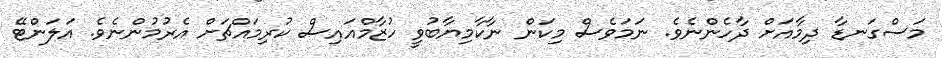
މަސްގަނޑާ ދިމާއަށް ދާހެންނެވެ. ނަމަވެސް މިކަން ނާކާމިޔާބުވީ ހުޒާމްއައިސް ކުރިމައްޗަށް އެރުމުންނެވެ. އަލަންޓޭ